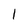
Character: 1